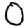
Digit: 0